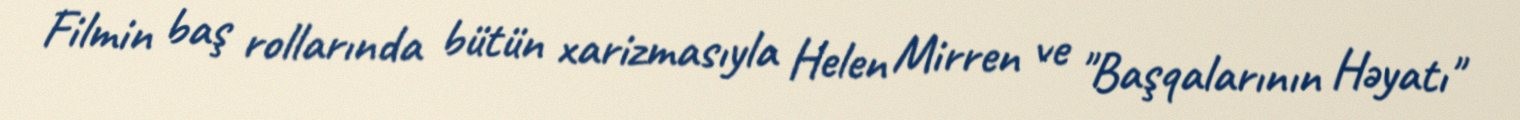
Filmin baş rollarında bütün xarizmasıyla Helen Mirren ve "Başqalarının Həyatı"